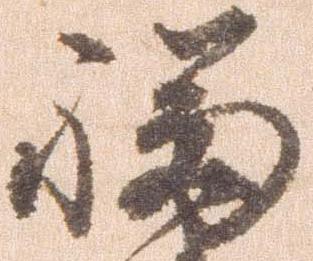
福